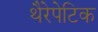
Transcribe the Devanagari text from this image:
थैरेपेटिक